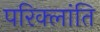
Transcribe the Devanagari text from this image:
परिक्लांति